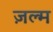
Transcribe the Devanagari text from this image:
ज़ल्म